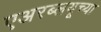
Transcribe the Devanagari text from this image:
एअरब्लयूच्या